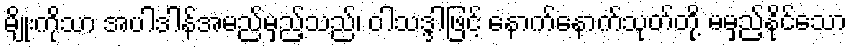
မျိုးကိုသာ အပါဒါန်အမည်မှည့်သည်၊ ဝါသဒ္ဒါဖြင့် နောက်နောက်သုတ်တို့ မမှည့်နိုင်သော